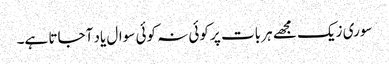
سوری زیک مجھے ہر بات پر کوئی نہ کوئی سوال یاد آجاتا ہے۔